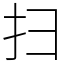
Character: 扫